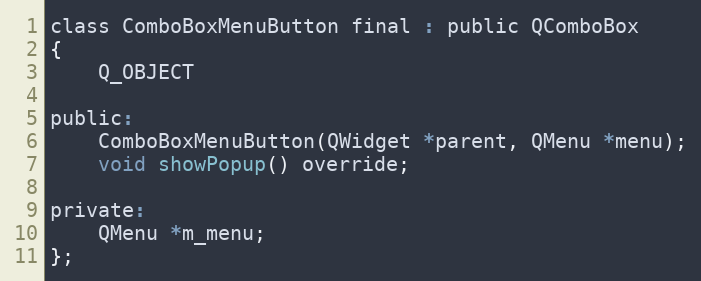
Language: C
class ComboBoxMenuButton final : public QComboBox
{
    Q_OBJECT

public:
    ComboBoxMenuButton(QWidget *parent, QMenu *menu);
    void showPopup() override;

private:
    QMenu *m_menu;
};